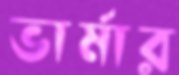
ভার্মার